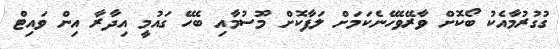
ގުގުރުމާއެކު ބޯކޮށް ވާރޭވެހޭނެކަމަށް ލަފާކޮށް މޫސުމާއި ބެހޭ ގައުމީ އިދާރާ އިން ވައިޓް